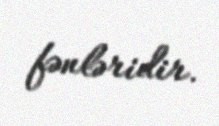
fənləridir.